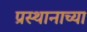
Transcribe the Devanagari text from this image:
प्रस्थानाच्या